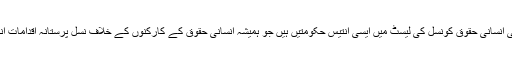
اقوام متحدہ کی انسانی حقوق کونسل کی لیسٹ میں ایسی انتیس حکومتیں ہیں جو ہمیشہ انسانی حقوق کے کارکنوں کے خلاف نسل پرستانہ اقدامات انجام دیتی ہیں۔